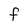
Character: f